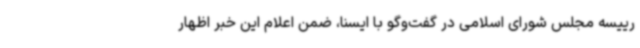
رییسه مجلس شورای اسلامی در گفت‌وگو با ایسنا، ضمن اعلام این خبر اظهار